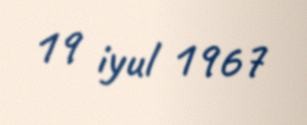
19 iyul 1967